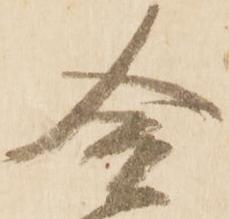
合